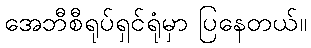
အေဘီစီရုပ်ရှင်ရုံမှာ ပြနေတယ်။